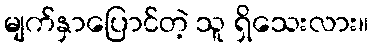
မျက်နှာပြောင်တဲ့ သူ ရှိသေးလား။